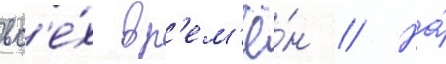
вс'е́х вр'ем'ё́н // На́